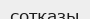
сотқазы